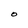
Character: O